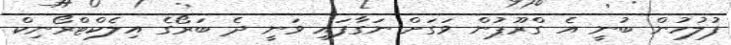
ފުލުހުން ބުނީ އެ ގްރޫޕުން ވަގަށް ނަގާފައި ވަނީ ދެ ބަރޯގެ އިލެކްޓްރޯނިކް